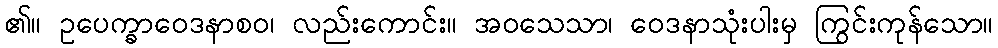
၏။ ဥပေက္ခာဝေဒနာစဝ၊ လည်းကောင်း။ အဝသေသာ၊ ဝေဒနာသုံးပါးမှ ကြွင်းကုန်သော။